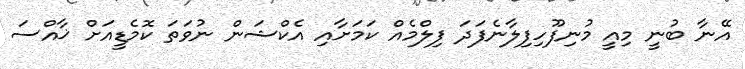
އޭނާ ބުނީ މިއީ މުނިފޫހިފިލާނެފަދަ ފިލްމެއް ކަމަށާއި އެކްޝަން ނުވަތަ ކޮމެޑީއަށް ޚާއްސަ